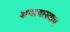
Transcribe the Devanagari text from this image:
अमावास्याएं